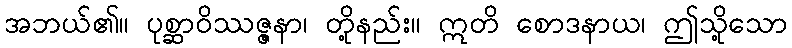
အဘယ်၏။ ပုစ္ဆာဝိဿဇ္ဇနာ၊ တို့နည်း။ ဣတိ စောဒနာယ၊ ဤသို့သော